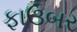
ફાઉબર